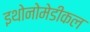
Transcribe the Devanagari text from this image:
इथोनोमेडीकल